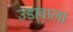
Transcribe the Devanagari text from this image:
उडावाला